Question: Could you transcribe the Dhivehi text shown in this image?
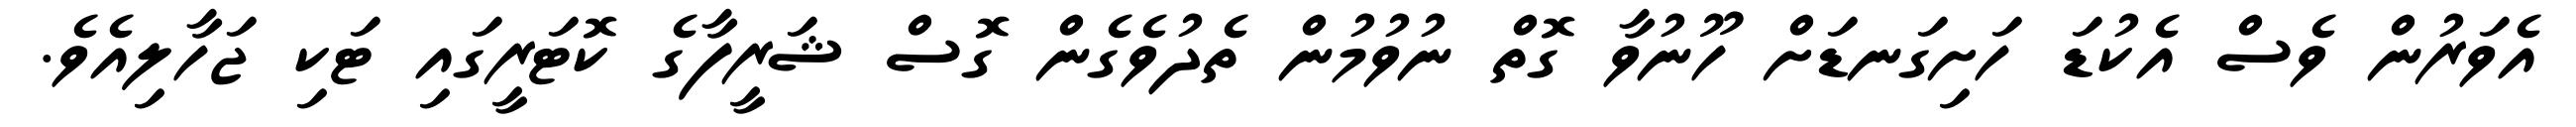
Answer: އެވަރުން ވެސް އެކުޑަ ހަށިގަނޑަށް ހޫނުވާ ގޮތް ނުވުމުން ތެދުވެގެން ގޮސް ޝަރީފާގެ ކޮޓަރީގައި ޓަކި ޖަހާލިއެވެ.